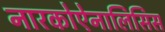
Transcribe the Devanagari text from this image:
नारकोऐनालिसिस